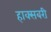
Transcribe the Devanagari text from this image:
हाक्सबरी